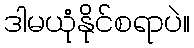
ဒါမယုံနိုင်စရာပဲ။